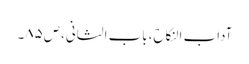
آداب النکاح،باب الثانی،ص٨٥۔